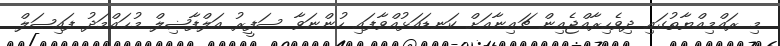
މި ރައްމިއްޔާތުގައި ދިވެހިރާއްޖެއިން ޗައިނާއަށް ކަނޑައަޅުއްވާފައި ހުންނަވާ ސަފީރު އަލްފާޟިލް މުޙައްމަދު ފައިޞަލް